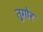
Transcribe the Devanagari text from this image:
तुगोर